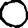
Digit: 0